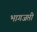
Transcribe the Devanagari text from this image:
भागजप्ती